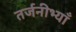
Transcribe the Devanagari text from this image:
तर्जनीभ्याँ